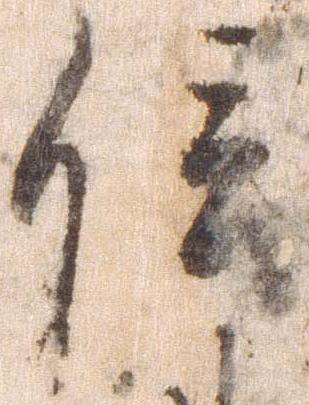
信